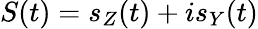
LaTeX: S(t)=s_{Z}(t)+is_{Y}(t)